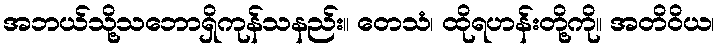
အဘယ်သို့သဘောရှိကုန်သနည်း။ တေသံ၊ ထိုရဟန်းတို့ကို။ အတိဝိယ၊